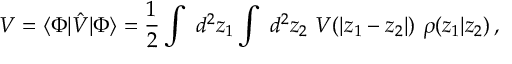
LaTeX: { \cal V } = \langle \Phi | \hat { V } | \Phi \rangle = \frac { 1 } { 2 } \int { \ d ^ { 2 } z _ { 1 } } \int { \ d ^ { 2 } z _ { 2 } } ~ V ( | z _ { 1 } - z _ { 2 } | ) ~ \rho ( z _ { 1 } | z _ { 2 } ) \, ,